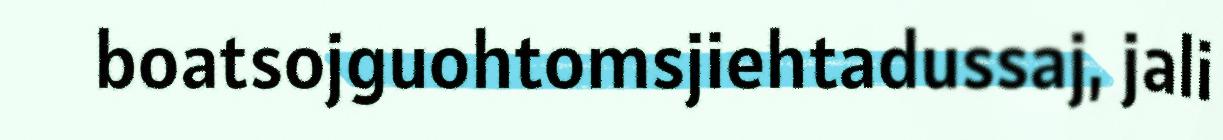
boatsojguohtomsjiehtadussaj, jali